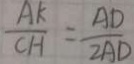
\frac { A K } { C H } = \frac { A D } { 2 A D }